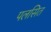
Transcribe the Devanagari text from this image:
पलसित